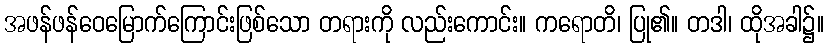
အဖန်ဖန်ဝေမြောက်ကြောင်းဖြစ်သော တရားကို လည်းကောင်း။ ကရောတိ၊ ပြု၏။ တဒါ၊ ထိုအခါ၌။